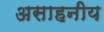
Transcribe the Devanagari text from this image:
असाहनीय